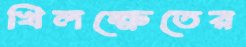
খিলক্ষেতের